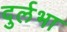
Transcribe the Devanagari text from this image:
दुर्लभा